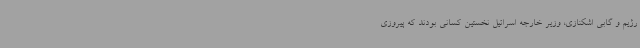
رژیم و گابی اشکنازی، وزیر خارجه اسرائیل نخستین کسانی بودند که پیروزی